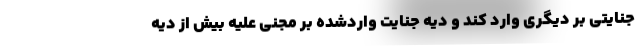
جنایتی بر دیگری وارد کند و دیه جنایت واردشده بر مجنی علیه بیش از دیه